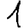
Digit: 1